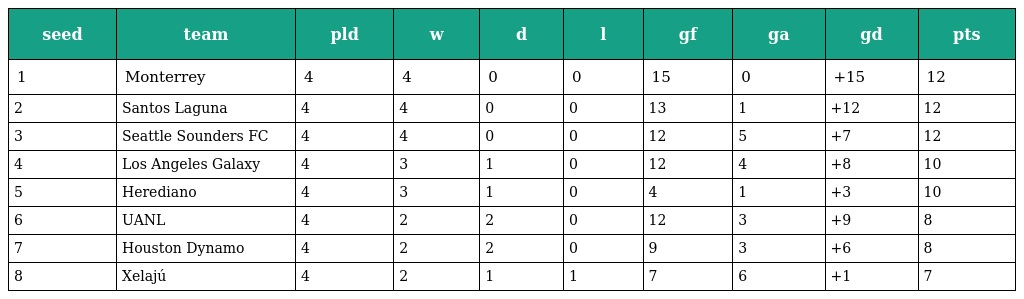
| seed | team | pld | w | d | l | gf | ga | gd | pts |
 | --- | --- | --- | --- | --- | --- | --- | --- | --- | --- |
 | 1 | Monterrey | 4 | 4 | 0 | 0 | 15 | 0 | +15 | 12 |
 | 2 | Santos Laguna | 4 | 4 | 0 | 0 | 13 | 1 | +12 | 12 |
 | 3 | Seattle Sounders FC | 4 | 4 | 0 | 0 | 12 | 5 | +7 | 12 |
 | 4 | Los Angeles Galaxy | 4 | 3 | 1 | 0 | 12 | 4 | +8 | 10 |
 | 5 | Herediano | 4 | 3 | 1 | 0 | 4 | 1 | +3 | 10 |
 | 6 | UANL | 4 | 2 | 2 | 0 | 12 | 3 | +9 | 8 |
 | 7 | Houston Dynamo | 4 | 2 | 2 | 0 | 9 | 3 | +6 | 8 |
 | 8 | Xelajú | 4 | 2 | 1 | 1 | 7 | 6 | +1 | 7 |